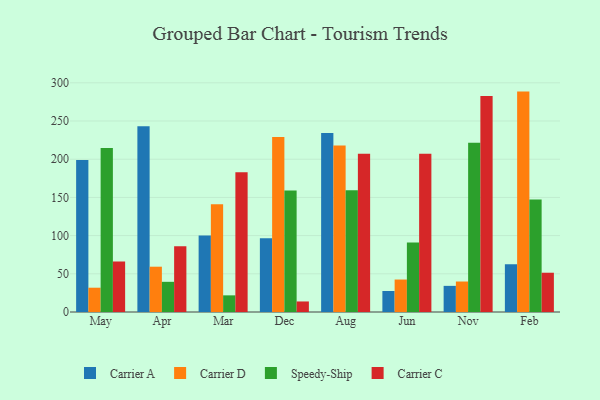
{"axis": {"x": "Month", "y": "Energy Usage (MWh)"}, "legend": ["Carrier A", "Carrier C", "Carrier D", "Speedy-Ship"], "data": [{"x": "May", "y": 199.1, "type": "Carrier A"}, {"x": "May", "y": 31.8, "type": "Carrier D"}, {"x": "May", "y": 214.7, "type": "Speedy-Ship"}, {"x": "May", "y": 66.1, "type": "Carrier C"}, {"x": "Apr", "y": 243.2, "type": "Carrier A"}, {"x": "Apr", "y": 59.3, "type": "Carrier D"}, {"x": "Apr", "y": 39.5, "type": "Speedy-Ship"}, {"x": "Apr", "y": 86.0, "type": "Carrier C"}, {"x": "Mar", "y": 100.0, "type": "Carrier A"}, {"x": "Mar", "y": 141.1, "type": "Carrier D"}, {"x": "Mar", "y": 21.8, "type": "Speedy-Ship"}, {"x": "Mar", "y": 183.0, "type": "Carrier C"}, {"x": "Dec", "y": 96.4, "type": "Carrier A"}, {"x": "Dec", "y": 229.0, "type": "Carrier D"}, {"x": "Dec", "y": 158.9, "type": "Speedy-Ship"}, {"x": "Dec", "y": 13.8, "type": "Carrier C"}, {"x": "Aug", "y": 234.2, "type": "Carrier A"}, {"x": "Aug", "y": 218.1, "type": "Carrier D"}, {"x": "Aug", "y": 159.4, "type": "Speedy-Ship"}, {"x": "Aug", "y": 207.0, "type": "Carrier C"}, {"x": "Jun", "y": 27.5, "type": "Carrier A"}, {"x": "Jun", "y": 42.5, "type": "Carrier D"}, {"x": "Jun", "y": 90.9, "type": "Speedy-Ship"}, {"x": "Jun", "y": 207.0, "type": "Carrier C"}, {"x": "Nov", "y": 34.2, "type": "Carrier A"}, {"x": "Nov", "y": 39.9, "type": "Carrier D"}, {"x": "Nov", "y": 221.6, "type": "Speedy-Ship"}, {"x": "Nov", "y": 282.8, "type": "Carrier C"}, {"x": "Feb", "y": 62.5, "type": "Carrier A"}, {"x": "Feb", "y": 288.5, "type": "Carrier D"}, {"x": "Feb", "y": 147.3, "type": "Speedy-Ship"}, {"x": "Feb", "y": 51.4, "type": "Carrier C"}]}